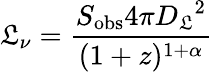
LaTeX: \mathfrak{L}_{\nu}={\frac{{S_{\mathrm{{obs}}}4\pi{D_{\mathfrak{L}}}^{2}}}{{(1+z)^{1+\alpha}}}}